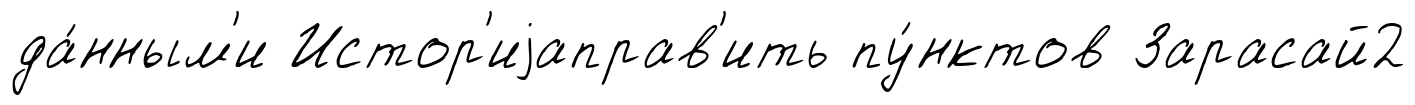
да́нным'и Истор'иjаправ'ить пу́нктов Зарасай2